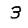
Digit: 3